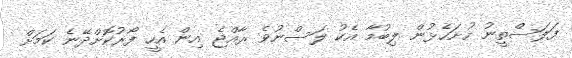
ފަލަސްތީނު ހުށަހެޅުން ލިބުމާ އެކު ލަސްނުވެ ރާއްޖެ އިން އެހީ ފޯރުކޮށްދޭނެ ކަމަށް